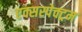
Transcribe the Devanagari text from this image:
एक्सस्पेक्ट्रम